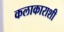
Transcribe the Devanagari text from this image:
कलाकाराशी